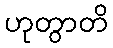
ဟုတွာတိ